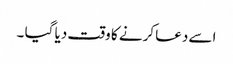
اسے دعا کرنے کا وقت دیا گیا ۔